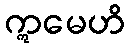
ဣမေဟိ